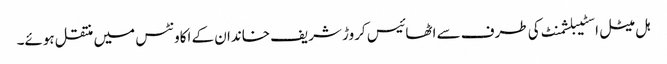
ہل میٹل اسٹیبلشمنٹ کی طرف سے اٹھائیس کروڑ شریف خاندان کے اکاونٹس میں منتقل ہوئے۔